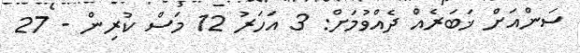
ސަންއަށް ޚަބަރެއް ދެއްވުމަށް: 3 އަހަރު 12 މަސް ކުރިން - 27